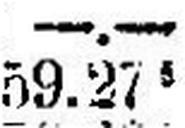
59.275